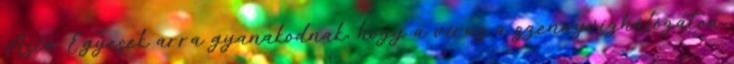
Asia. Egyesek arra gyanakodnak, hogy a vírus a szennyvízhálózaton